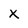
Character: X